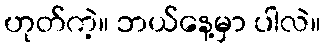
ဟုတ်ကဲ့။ ဘယ်နေ့မှာ ပါလဲ။